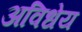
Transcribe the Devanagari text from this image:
अविधेय